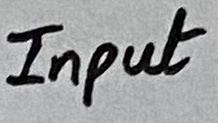
Text: Input